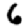
Digit: 6